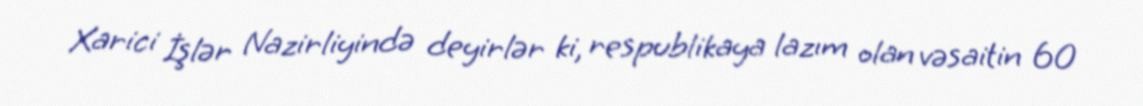
Xarici İşlər Nazirliyində deyirlər ki, respublikaya lazım olan vəsaitin 60